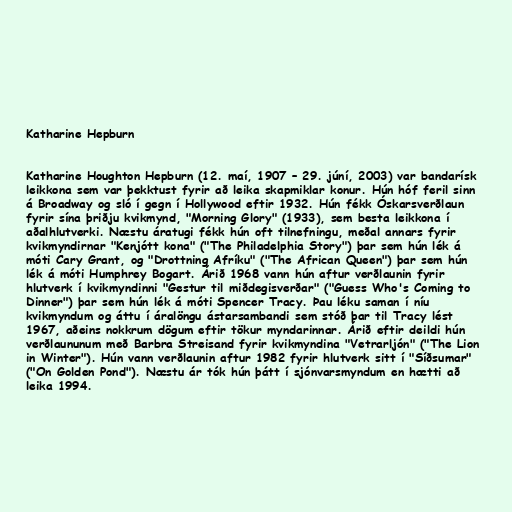
Katharine Hepburn

Katharine Houghton Hepburn (12. maí, 1907 – 29. júní, 2003) var bandarísk
leikkona sem var þekktust fyrir að leika skapmiklar konur. Hún hóf feril sinn
á Broadway og sló í gegn í Hollywood eftir 1932. Hún fékk Óskarsverðlaun
fyrir sína þriðju kvikmynd, "Morning Glory" (1933), sem besta leikkona í
aðalhlutverki. Næstu áratugi fékk hún oft tilnefningu, meðal annars fyrir
kvikmyndirnar "Kenjótt kona" ("The Philadelphia Story") þar sem hún lék á
móti Cary Grant, og "Drottning Afríku" ("The African Queen") þar sem hún
lék á móti Humphrey Bogart. Árið 1968 vann hún aftur verðlaunin fyrir
hlutverk í kvikmyndinni "Gestur til miðdegisverðar" ("Guess Who's Coming to
Dinner") þar sem hún lék á móti Spencer Tracy. Þau léku saman í níu
kvikmyndum og áttu í áralöngu ástarsambandi sem stóð þar til Tracy lést
1967, aðeins nokkrum dögum eftir tökur myndarinnar. Árið eftir deildi hún
verðlaununum með Barbra Streisand fyrir kvikmyndina "Vetrarljón" ("The Lion
in Winter"). Hún vann verðlaunin aftur 1982 fyrir hlutverk sitt í "Síðsumar"
("On Golden Pond"). Næstu ár tók hún þátt í sjónvarsmyndum en hætti að
leika 1994.